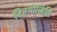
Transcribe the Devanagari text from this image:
बिरगोस्रिनि